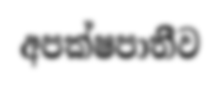
අපක්ෂපාතිීව